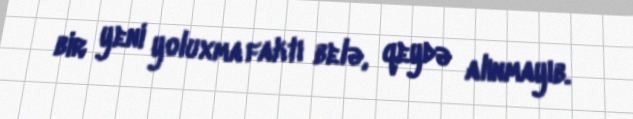
bir yeni yoluxma faktı belə, qeydə alınmayıb.